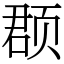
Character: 𫖳